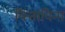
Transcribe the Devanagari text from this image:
वित्ताविना